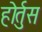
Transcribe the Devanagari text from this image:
होर्तुस